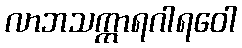
လာဘသက္ကာရဂါရဝေါ